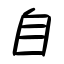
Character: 自